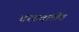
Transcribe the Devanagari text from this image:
दरडवाडीत